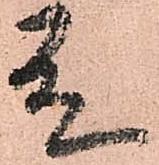
殿